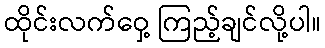
ထိုင်းလက်ဝှေ့ ကြည့်ချင်လို့ပါ။